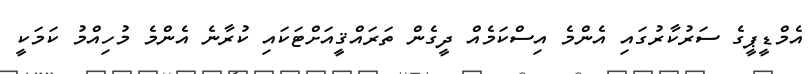
އެމްޑީޕީގެ ސަރުކާރުގައި އެންމެ އިސްކަމެއް ދީގެން ތަރައްޤީއަށްޓަކައި ކުރާނެ އެންމެ މުހިއްމު ކަމަކީ